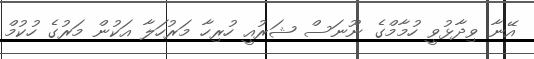
އޭނާ ވިދާޅުވީ ހުމާމްގެ ނޫނަސް ޝަރުއީ ހުރިހާ މަރުހަލާ އަކުން މަރުގެ ހުކުމް